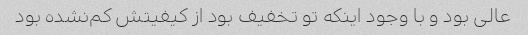
عالی بود و با وجود اینکه تو تخفیف بود از کیفیتش کم‌نشده بود